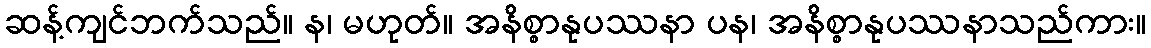
ဆန့်ကျင်ဘက်သည်။ န၊ မဟုတ်။ အနိစ္စာနုပဿနာ ပန၊ အနိစ္စာနုပဿနာသည်ကား။